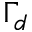
\Gamma _ { d }